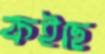
কইছে